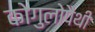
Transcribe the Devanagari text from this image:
कोगुलोपैथी